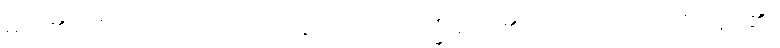
မည်၏။ ယံ၊ အကြင်သဘောတရားသည်။ ဒုက္ခံ၊ မည်၏။ တံ၊ သည်။ ဘယံ၊ မည်၏။